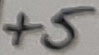
Text: +5